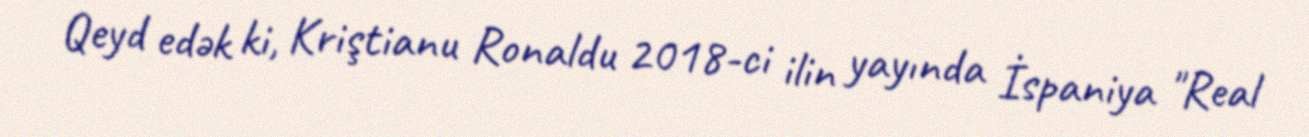
Qeyd edək ki, Kriştianu Ronaldu 2018-ci ilin yayında İspaniya "Real